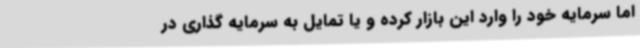
اما سرمایه خود را وارد این بازار کرده و یا تمایل به سرمایه گذاری در